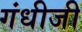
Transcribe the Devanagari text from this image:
गंधीजी